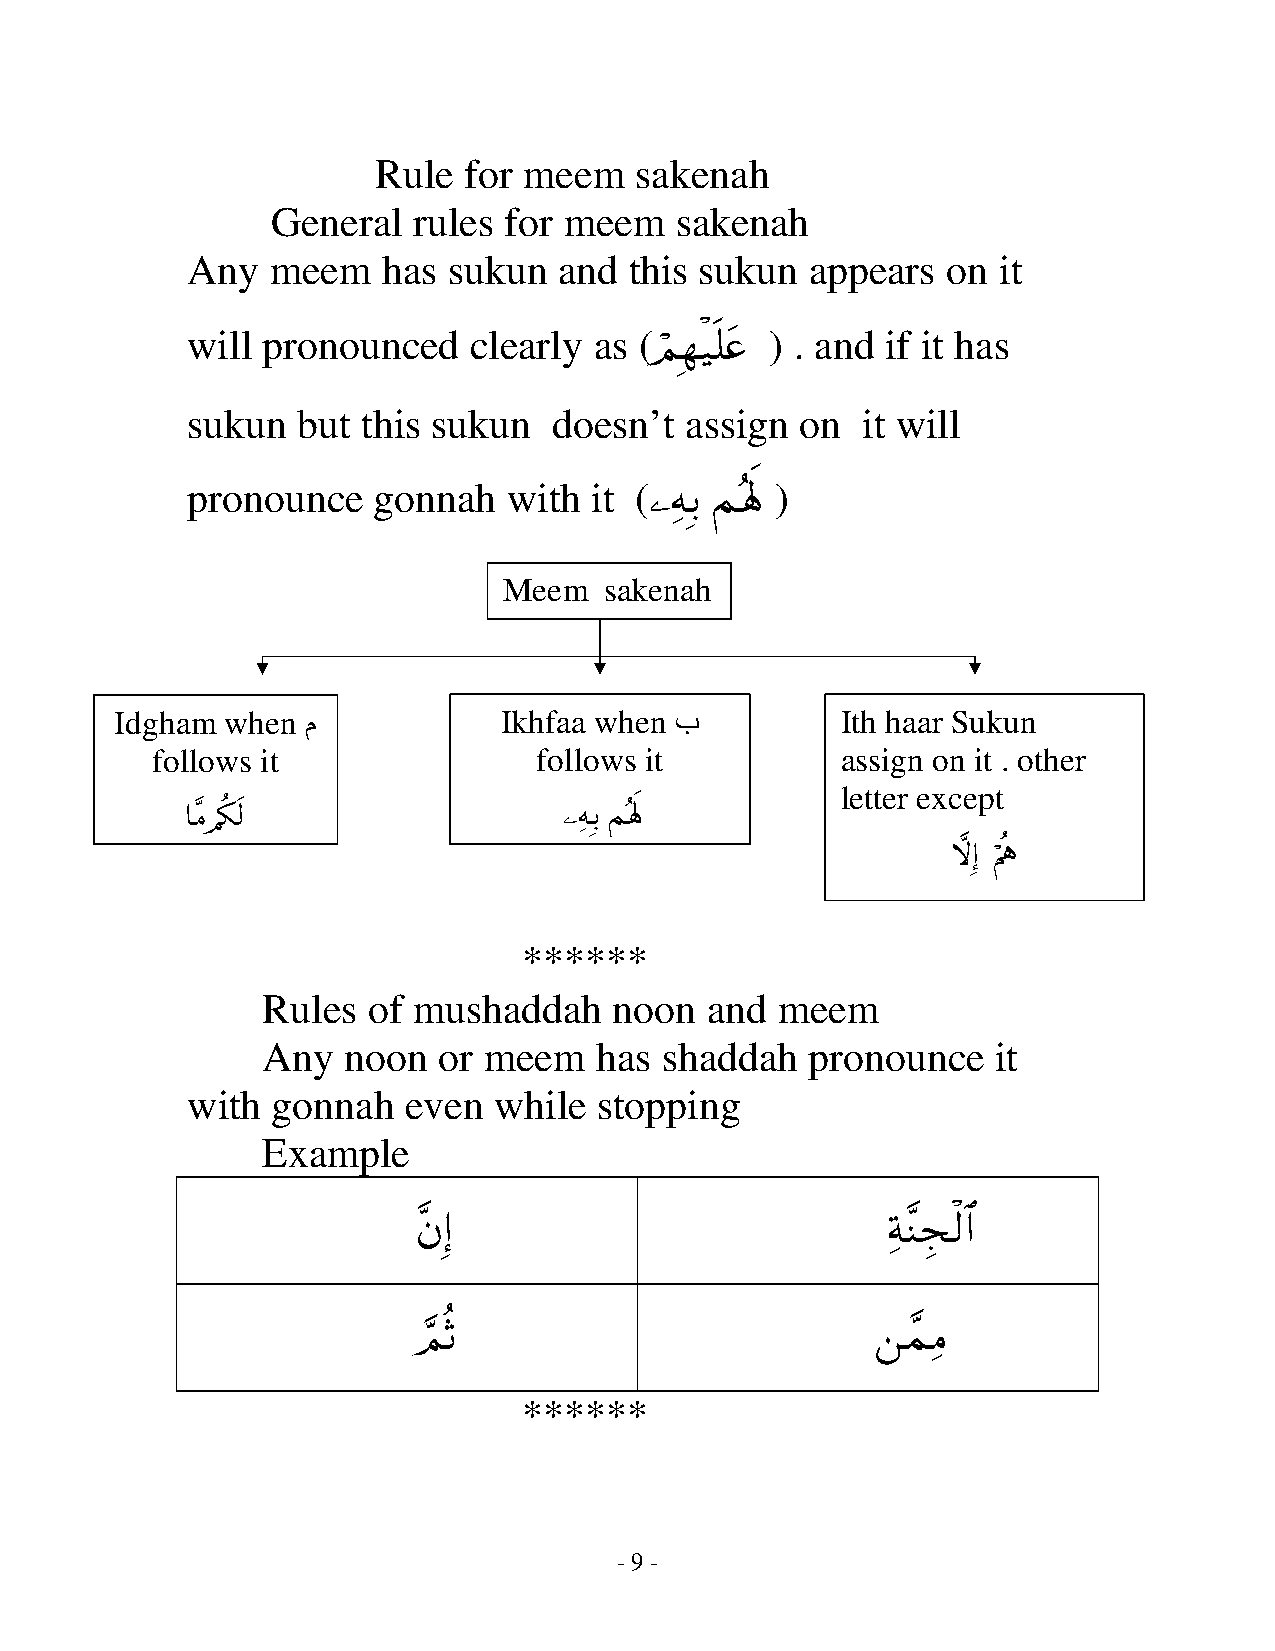
Rule  for meem   sakenah
 General  rules for meem    sakenah
 Any   meem   has  sukun  and  this sukun  appears  on it
 will pronounced    clearly as (        ) . and if it has
 Ογ‹=æ
 ó Î ø n t
 sukun   but this sukun   doesn’t assign  on  it will
 pronounce    gonnah   with it (        )
 µ/ Μλ;
 Ï Î  ç m
 Meem   sakenah
 Idgha m when م           Ikhfaa when ب          Ith haar Sukun
 fol lows it               follows it          assign on it . other
 letter except
 $ ¨Β/ ä3 s9               Ïµ Î/ Μ çλ m;
 ω) Λε
 ā Î ö è
 ******
 Rules  of mushaddah     noon  and meem
 Any   noon  or meem   has  shaddah   pronounce   it
 with  gonnah   even  while  stopping
 Example
 β)                             πΨf9#
 ¨ Î                            Ï ¨ É ø $
 ΟO                            ϑΒ
 ¢ è                             £ Ï
 ******
 - 9 -